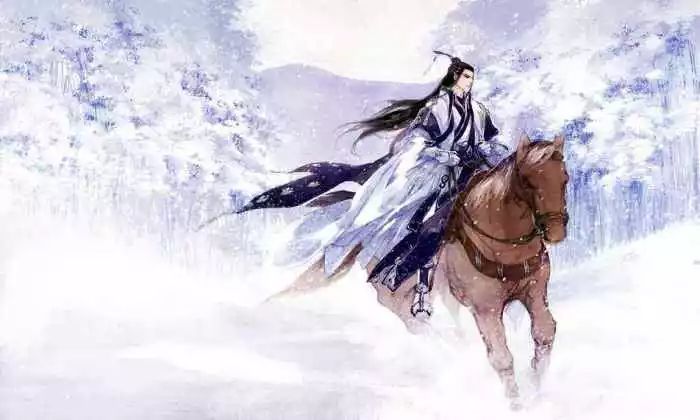
料有牵情处，忍思量耳边曾道。